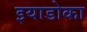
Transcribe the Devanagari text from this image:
इयाडोका